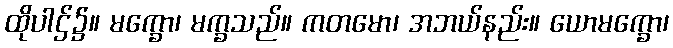
ထိုပါဌ်၌။ မက္ခော၊ မက္ခသည်။ ကတမော၊ အဘယ်နည်း။ ယောမက္ခော၊